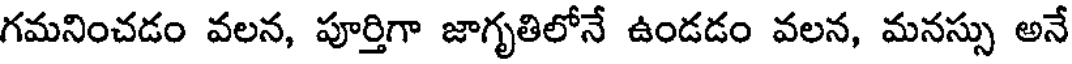
గమనించడం వలన, పూర్తిగా జాగృతిలోనే ఉండడం వలన, మనస్సు అనే